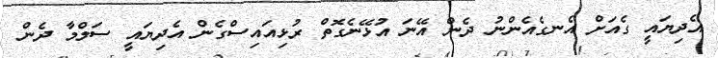
އެދިޔައީ ގެއަށް އެނގެއެންނު ދެން އޭނަ އުޅޭނެގޮތް ރުޅިއައިސްގެން އެދިޔައީ ސަލްމާ ދެން